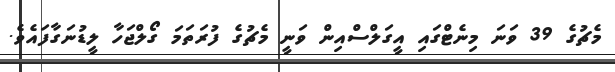
މެޗުގެ 39 ވަނަ މިނެޓްގައި އީގަލްސްއިން ވަނީ މެޗުގެ ފުރަތަމަ ގޯލްޖަހާ ލީޑުނަގާފައެވެ.